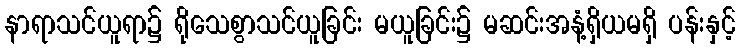
နာရာသင်ယူရာ၌ ရိုသေစွာသင်ယူခြင်း မယူခြင်း၌ မဆင်းအနံ့ရှိယမရှိ ပန်းနှင့်